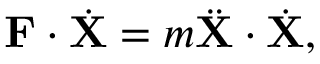
\mathbf { F } \cdot { \dot { \mathbf { X } } } = m { \ddot { \mathbf { X } } } \cdot { \dot { \mathbf { X } } } ,